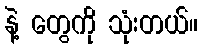
နဲ့ တွေကို သုံးတယ်။